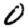
Digit: 0